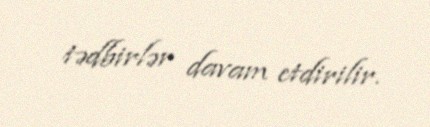
tədbirlər davam etdirilir.